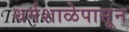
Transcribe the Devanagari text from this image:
धर्मशाळेपासून